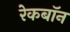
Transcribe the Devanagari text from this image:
रेकबॉन